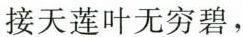
接天莲叶无穷碧，